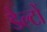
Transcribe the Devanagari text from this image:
डेल्टों